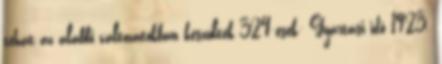
tehát az alábbi változatokban készültek 324-esek: Gyártási idő 1923.